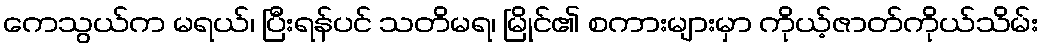
ကေသွယ်က မရယ်၊ ပြီးရန်ပင် သတိမရ၊ မြိုင်၏ စကားများမှာ ကိုယ့်ဇာတ်ကိုယ်သိမ်း